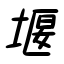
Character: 堰